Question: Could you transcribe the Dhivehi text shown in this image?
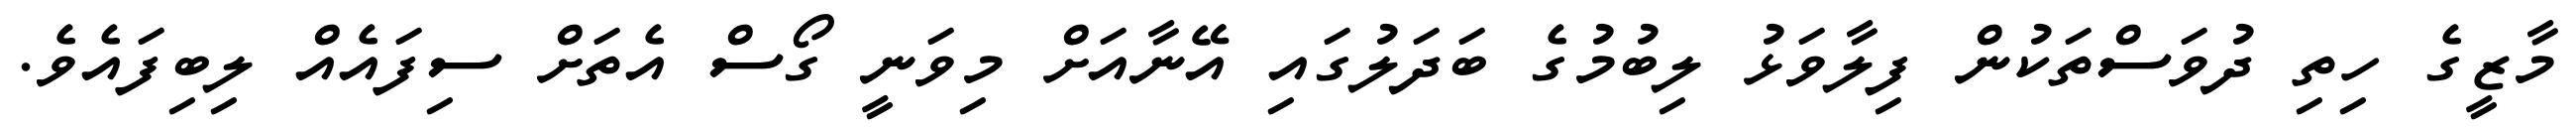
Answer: މާޒީގެ ހިތި ދުވަސްތަކުން ފިލާވަޅު ލިބުމުގެ ބަދަލުގައި އޭނާއަށް މިވަނީ ގޯސް އެތަށް ސިފައެއް ލިބިފައެވެ.